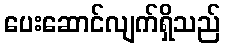
ပေးဆောင်လျက်ရှိသည်